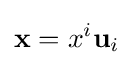
\mathbf {x} =x^{i}\mathbf {u} _{i}